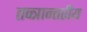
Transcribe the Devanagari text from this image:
तन्त्रान्तरीय